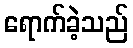
ရောက်ခဲ့သည်